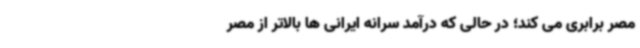
مصر برابری می کند؛ در حالی که درآمد سرانه ایرانی ها بالاتر از مصر